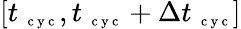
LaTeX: [t_{\mathrm{~\scriptsize~c~y~c~}},t_{\mathrm{~\scriptsize~c~y~c~}}+\Delta t_{\mathrm{~\scriptsize~c~y~c~}}]